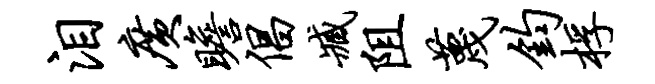
泪广瞻倡臧阻蔑钧桴